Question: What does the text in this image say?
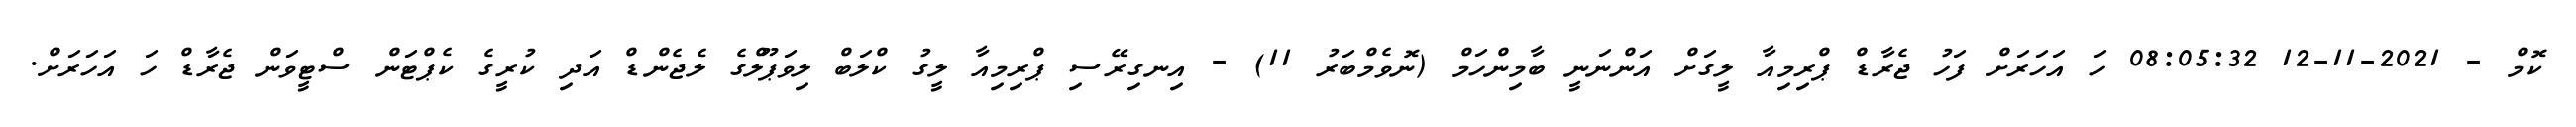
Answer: ކޮމް - 2021-11-12 08:05:32 ހަ އަހަރަށް ފަހު ޖެރާޑް ޕްރިމިއާ ލީގަށް އަންނަނީ ބާމިންހަމް (ނޮވެމްބަރު 11) - އިނގިރޭސި ޕްރިމިއާ ލީގު ކްލަބް ލިވަޕޫލްގެ ލެޖެންޑް އަދި ކުރީގެ ކެޕްޓަން ސްޓީވަން ޖެރާޑް ހަ އަހަރަށް.